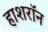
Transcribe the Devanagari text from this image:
हाशरॉन